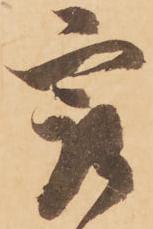
最